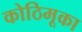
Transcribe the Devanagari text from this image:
कोठिमूका